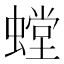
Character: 螳